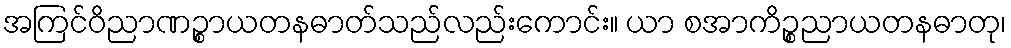
အကြင်ဝိညာဏဉ္စာယတနဓာတ်သည်လည်းကောင်း။ ယာ စအာကိဉ္စညာယတနဓာတု၊